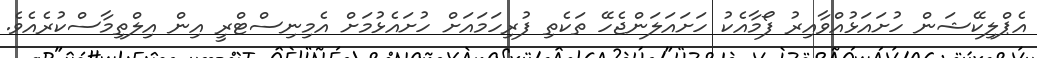
އެޕްލިކޭޝަން ހުށައަޅުއްވާއިރު ފޯމާއެކު ހަށައަލަންޖެހޭ ތަކެތި ފުރިހަމައަށް ހުށައެޅުމަށް އެމިނިސްޓްރީ އިން އިލްތިމާސްކުރެއެވެ.